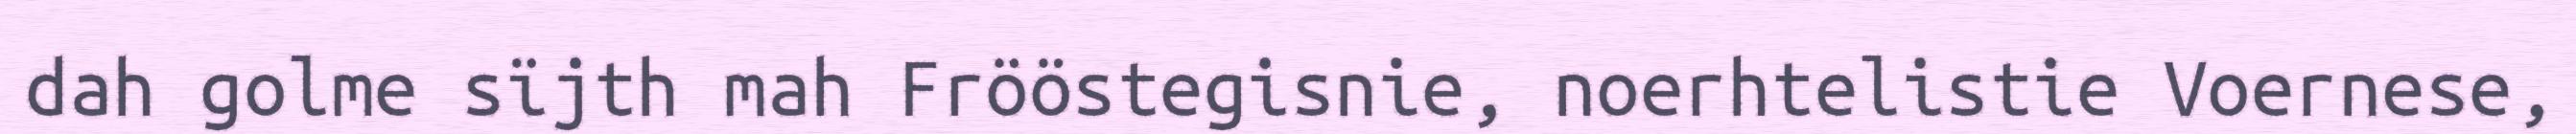
dah golme sïjth mah Frööstegisnie, noerhtelistie Voernese,